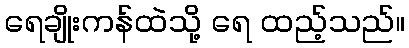
ရေချိုးကန်ထဲသို့ ရေ ထည့်သည်။